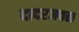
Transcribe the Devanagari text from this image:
दादरजवळ